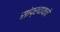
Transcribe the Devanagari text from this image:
सांप्रदायाचे